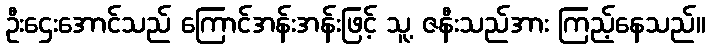
ဦးဌေးအောင်သည် ကြောင်အန်းအန်းဖြင့် သူ့ ဇနီးသည်အား ကြည့်နေသည်။